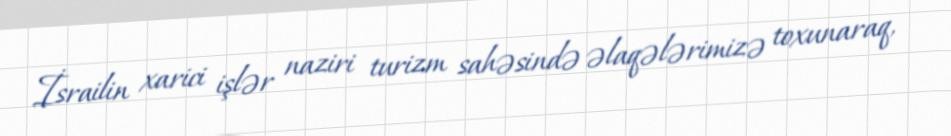
İsrailin xarici işlər naziri turizm sahəsində əlaqələrimizə toxunaraq,